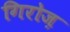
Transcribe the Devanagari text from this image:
गिरोज़